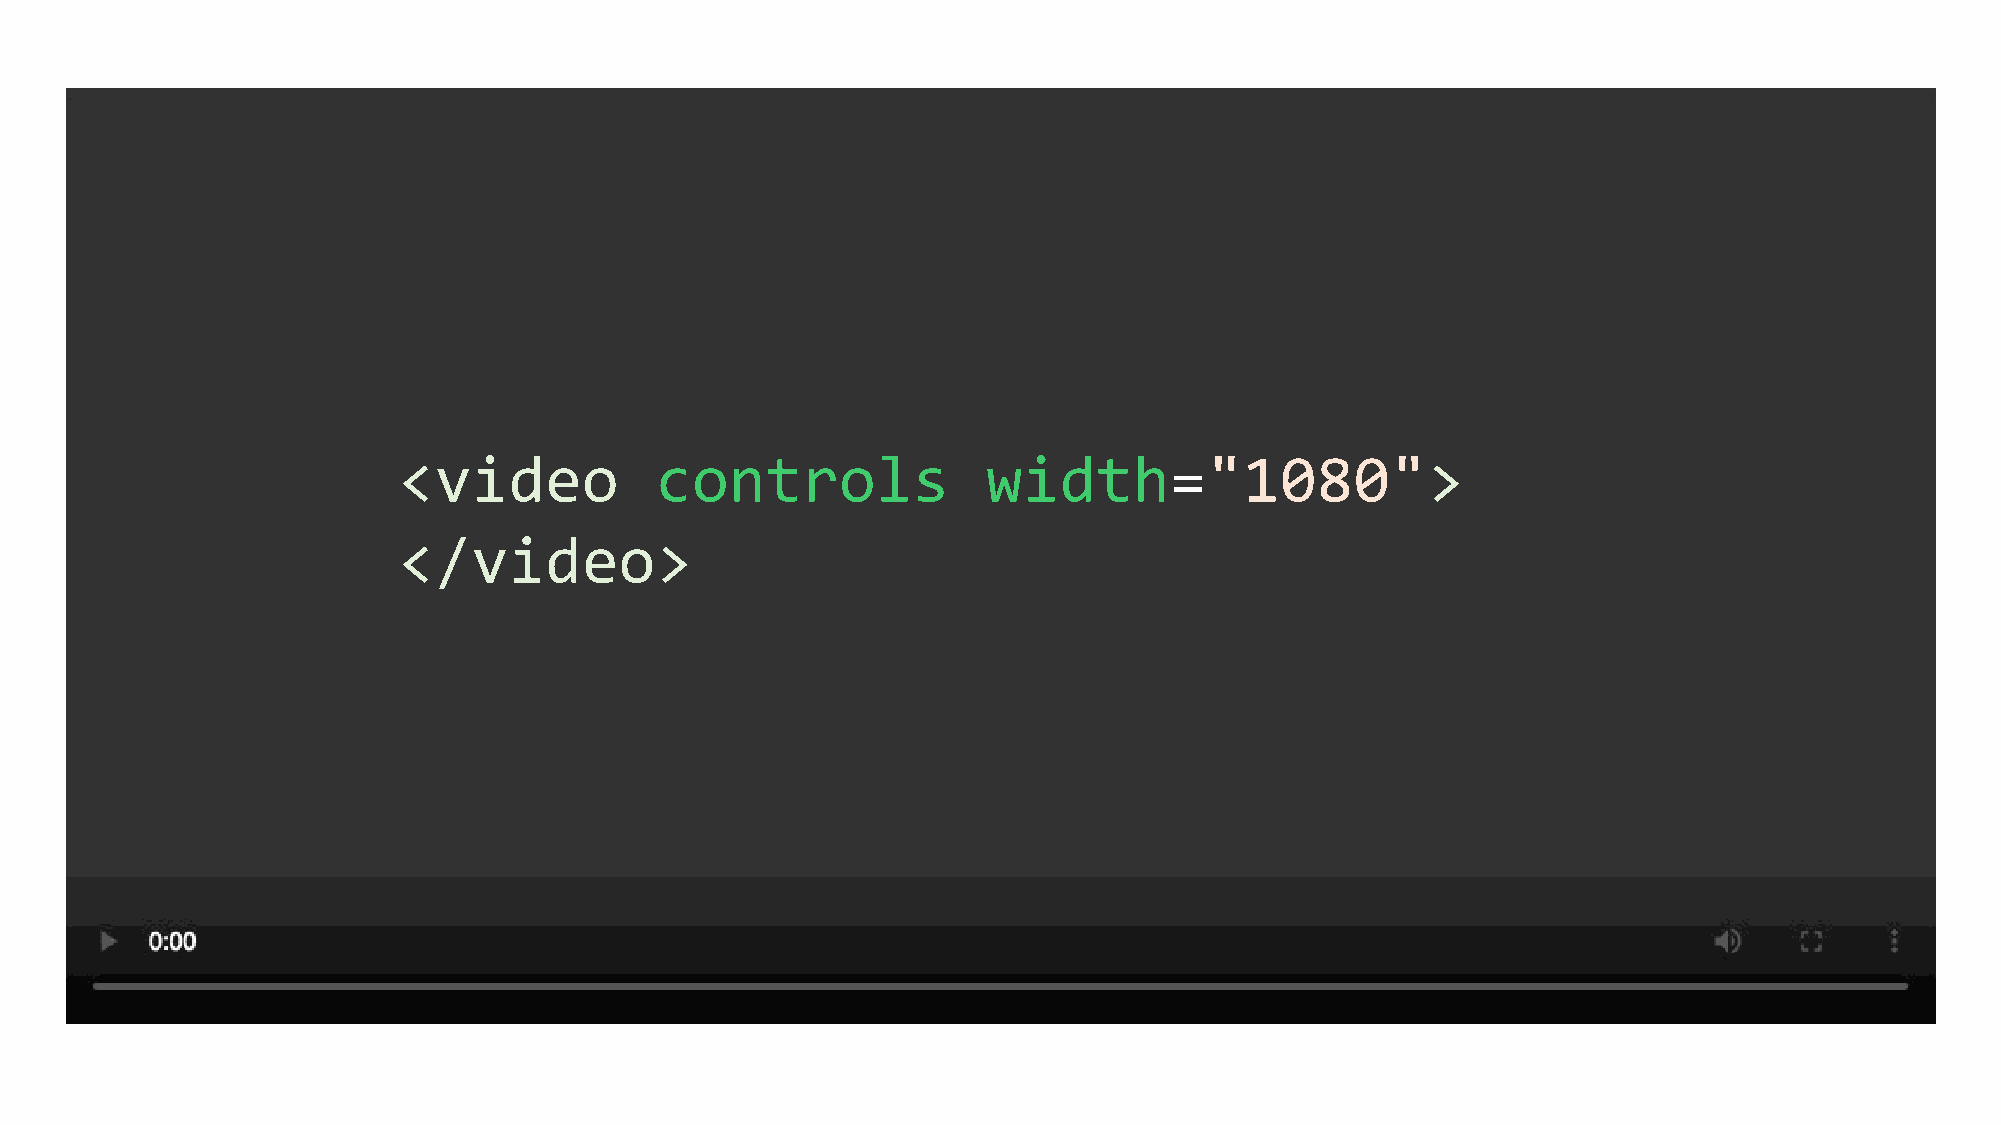
<video           controls              width="1080">
 </video>